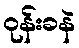
ဝုန်းခနဲ